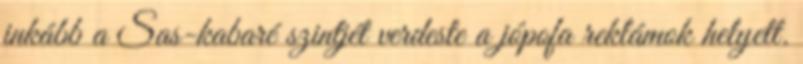
inkább a Sas-kabaré szintjét verdeste a jópofa reklámok helyett.